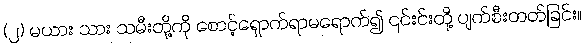
(၂) မယား သား သမီးတို့ကို စောင့်ရှောက်ရာမရောက်၍ ၎င်းင်းတို့ ပျက်စီးတတ်ခြင်း။